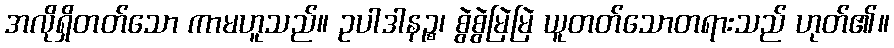
အလိုရှိတတ်သော ကာမဟူသည်။ ဥပါဒါနဉ္စ၊ စွဲစွဲမြဲမြဲ ယူတတ်သောတရားသည် ဟုတ်၏။